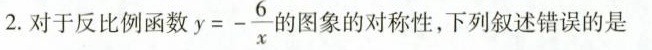
2.对于反比例函数$$y = - \frac { 6 } { x }$$图象的对称性，下列叙述错误的是